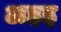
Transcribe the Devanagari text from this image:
अहइ